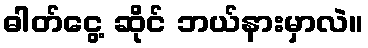
ဓါတ်ငွေ့ ဆိုင် ဘယ်နားမှာလဲ။